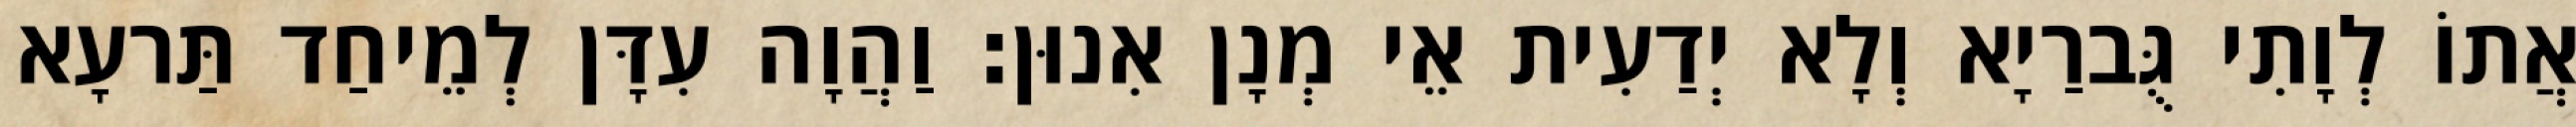
אֲתוֹ לְוָתִי גֻּברַיָא וְלָא יְדַעִית אֵי מְנָן אִנוּן׃ וַהֲוָה עִדָּן לְמֵיחַד תַּרעָא